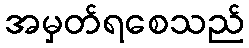
အမှတ်ရစေသည်